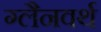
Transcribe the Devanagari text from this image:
ग्लैनवर्थ